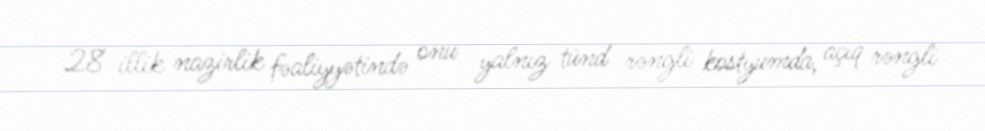
28 illik nazirlik fəaliyyətində onu yalnız tünd rəngli kostyumda, açıq rəngli